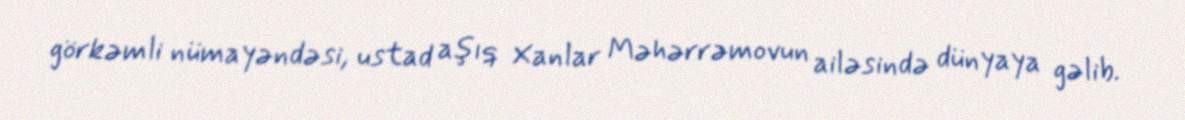
görkəmli nümayəndəsi, ustad aşıq Xanlar Məhərrəmovun ailəsində dünyaya gəlib.